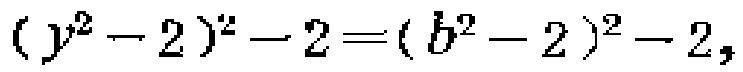
\((y^{2}-2)^{2}-2=(b^{2}-2)^{2}-2\)